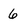
Character: 6